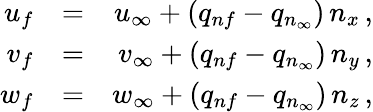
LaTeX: \begin{array}{rlr}{{u_{f}}}&{{=}}&{{u_{\infty}+(q_{nf}-q_{n_{\infty}})\, n_{x}\, \mathrm{,}}}\\ {{v_{f}}}&{{=}}&{{v_{\infty}+(q_{nf}-q_{n_{\infty}})\, n_{y}\, \mathrm{,}}}\\ {{w_{f}}}&{{=}}&{{w_{\infty}+(q_{nf}-q_{n_{\infty}})\, n_{z}\, \mathrm{,}}}\end{array}